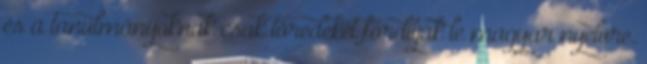
és a tanulmányoknak csak töredékét fordítják le magyar nyelvre.